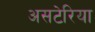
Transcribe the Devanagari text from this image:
असटेरिया